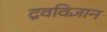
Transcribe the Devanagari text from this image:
द्रवविज्ञान